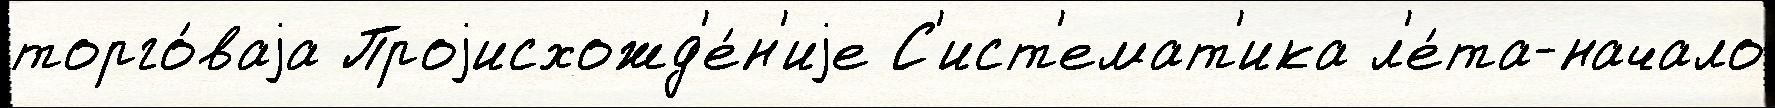
торго́ваjа Проjисхожд'е́н'иjе С'ист'емат'ика л'е́та-начало